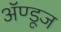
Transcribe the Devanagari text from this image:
ॲण्डूज